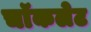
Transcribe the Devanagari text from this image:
चाॅकलेट